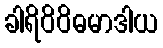
ခါရိဝိဝိဓမာဒါယ